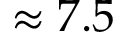
\approx 7 . 5